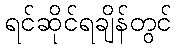
ရင်ဆိုင်ရချိန်တွင်